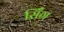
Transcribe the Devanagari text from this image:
सिँग